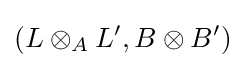
(L\otimes _{A}L',B\otimes B')